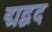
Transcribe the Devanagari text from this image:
द्मद्वद